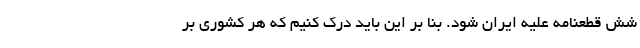
شش قطعنامه علیه ایران شود. بنا بر این باید درک کنیم که هر کشوری بر